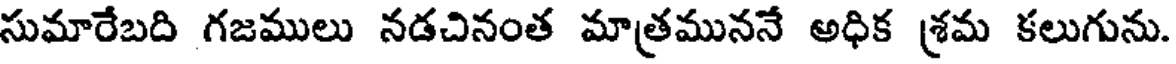
సుమారేబది గజములు నడచినంత మాత్రముననే అధిక శ్రమ కలుగును.